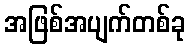
အဖြစ်အပျက်တစ်ခု